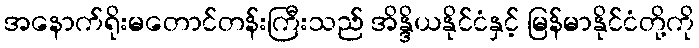
အနောက်ရိုးမတောင်တန်းကြီးသည် အိန္ဒိယနိုင်ငံနှင့် မြန်မာနိုင်ငံတို့ကို